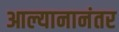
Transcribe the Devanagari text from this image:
आल्यानानंतर